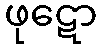
ဖုဋော